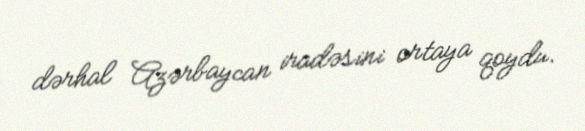
dərhal Azərbaycan iradəsini ortaya qoydu.